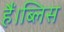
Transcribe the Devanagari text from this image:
हैं।ब्लिस